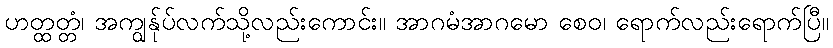
ဟတ္ထတ္တံ၊ အကျွန်ုပ်လက်သို့လည်းကောင်း။ အာဂမံအာဂမော စေဝ၊ ရောက်လည်းရောက်ပြီ။